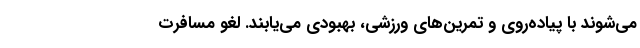
می‌شوند با پیاده‌روی و تمرین‌های ورزشی، بهبودی می‌یابند. لغو مسافرت